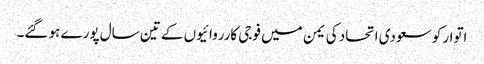
اتوار کو سعودی اتحاد کی یمن میں فوجی کارروائیوں کے تین سال پورے ہو گئے۔